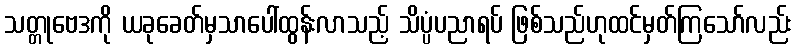
သတ္တုဗေဒကို ယခုခေတ်မှသာပေါ်ထွန်းလာသည့် သိပ္ပံပညာရပ် ဖြစ်သည်ဟုထင်မှတ်ကြသော်လည်း